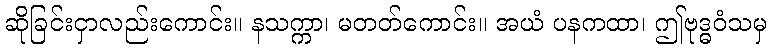
ဆိုခြင်းငှာလည်းကောင်း။ နသက္ကာ၊ မတတ်ကောင်း။ အယံ ပနကထာ၊ ဤဗုဒ္ဓဝံသမှ